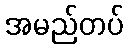
အမည်တပ်